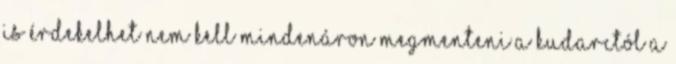
is érdekelhet Nem kell mindenáron megmenteni a kudarctól a